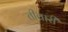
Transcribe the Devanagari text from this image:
तीवारी